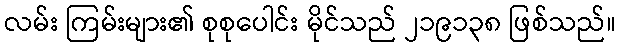
လမ်း ကြမ်းများ၏ စုစုပေါင်း မိုင်သည် ၂၁၉၁၃၈ ဖြစ်သည်။